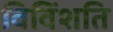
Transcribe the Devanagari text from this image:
विविंशति